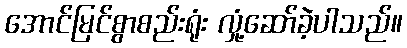
အောင်မြင်စွာစည်းရုံး လှုံ့ဆော်ခဲ့ပါသည်။